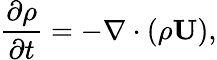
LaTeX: \frac{\partial\rho}{\partial t}=-\nabla\cdot(\rho\mathbf{U}),